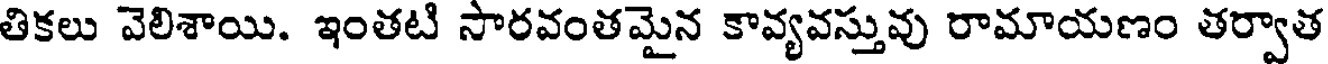
తికలు వెలిశాయి. ఇంతటి సారవంతమైన కావ్యవస్తువు రామాయణం తర్వాత